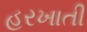
હરખાતી